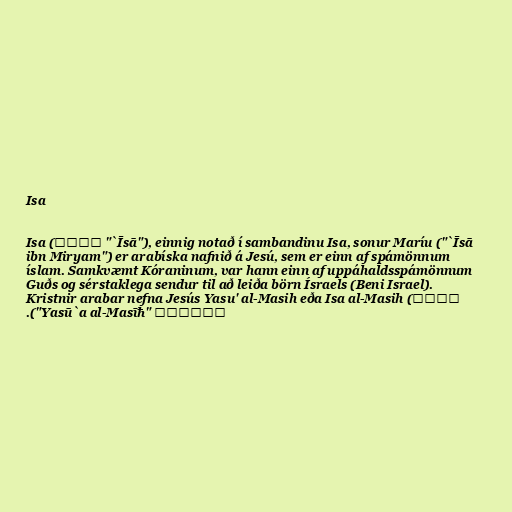
Isa

Isa (عيسى "`Īsā"), einnig notað í sambandinu Isa, sonur Maríu ("`Īsā
ibn Miryam") er arabíska nafnið á Jesú, sem er einn af spámönnum
íslam. Samkvæmt Kóraninum, var hann einn af uppáhaldsspámönnum
Guðs og sérstaklega sendur til að leiða börn Ísraels (Beni Israel).
Kristnir arabar nefna Jesús Yasu' al-Masih eða Isa al-Masih (يسوع
المسيح "Yasū`a al-Masīħ").